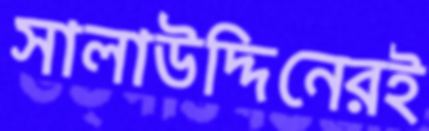
সালাউদ্দিনেরই